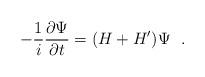
LaTeX: \begin{align*}-{1 \over i} {\partial \Psi \over \partial t}= (H + H') \Psi ~~.\end{align*}